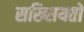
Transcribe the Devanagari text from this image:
सख्सियतों